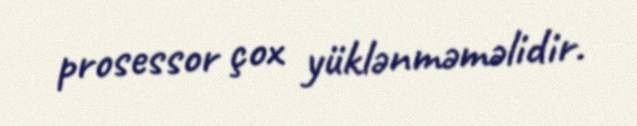
prosessor çox yüklənməməlidir.